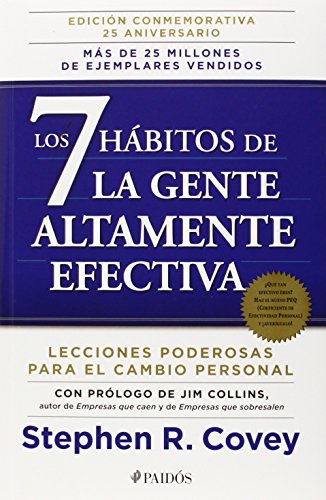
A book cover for Los 7 habitos de la gente altamente efectiva. EdiciÃ³n conmemorativa 25 aniversario (Spanish Edition); Stephen R. Covey; Politics & Social Sciences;